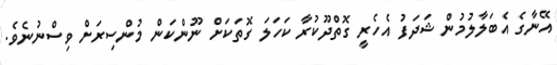
އޭނާގެ އެބަލާލުމުން ޝަދަފު އެހެރީ ގޮތްދޫކުރާ ކަހަލަ ގޮތަކަށް ނޫންކަން މުންސިރަށް ވިސްނުނެވެ.